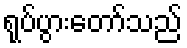
ရုပ်ပွားတော်သည်